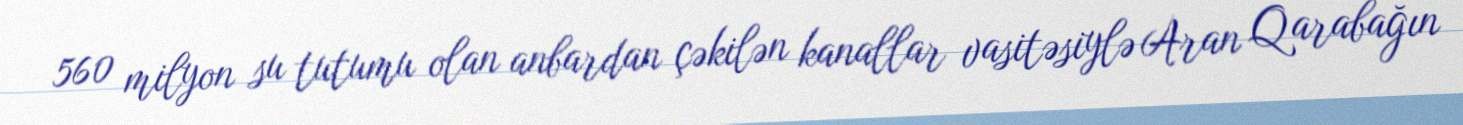
560 milyon su tutumu olan anbardan çəkilən kanallar vasitəsiylə Aran Qarabağın